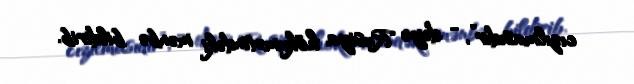
cızılmasıdır”, - deyə Rusiya hökumətindəki mənbə bildirib.